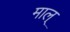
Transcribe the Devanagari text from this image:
माल्